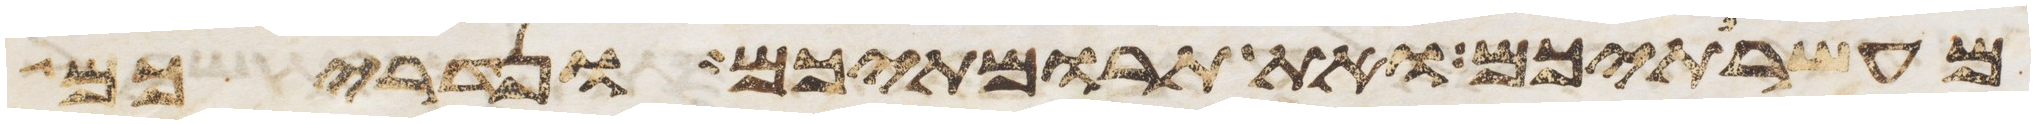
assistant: מעשרתיכם ואת תרומתיכם ונדריכם